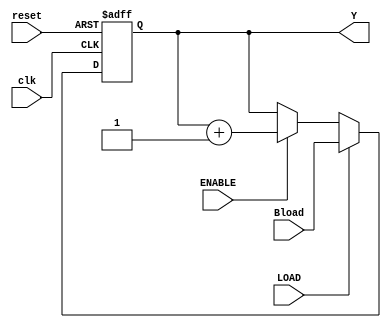
///////////////////////////////////////////////////////////////////////////////
//JOSE LUIS ALVAREZ PINEDA
//19392
//Laboratorio electronica digital
//Contador laboratorio #08 (reutilizado para el program counter)
///////////////////////////////////////////////////////////////////////////////

module ProgramCounter(
  input wire reset, clk, LOAD, ENABLE,
  input wire [11:0] Bload,
  output reg [11:0] Y
  );

//variables
  always @ ( posedge clk, posedge reset) begin

  if(reset == 1) begin//reiniciar el contador
  Y <= 12'b0;
  end

  else if(LOAD == 1) begin//precargar el valor en el contador
  Y <= Bload;
  end

  else if(ENABLE == 1)begin//contar normlamente
  Y <= Y + 1;
  end

  end
endmodule